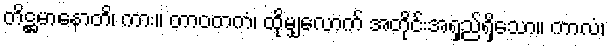
တိဋ္ဌမာနောတိ၊ ကား။ တာဝတကံ၊ ထိုမျှလောက် အတိုင်းအရှည်ရှိသော။ ကာလံ၊